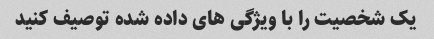
یک شخصیت را با ویژگی های داده شده توصیف کنید